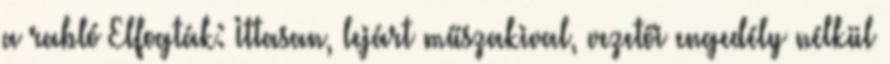
a rabló Elfogták: Ittasan, lejárt műszakival, vezetői engedély nélkül